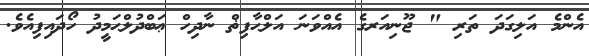
އެންމެ އަލިގަދަ ތަރި " ޖޫނިއަރގެ އެއްވަނަ އަލްޙާފިޡް ނާދިހް ޢަބްދުލްޙަމީދު ހޯދައިފިއެވެ.